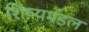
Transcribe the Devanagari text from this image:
शिष्यमंडल